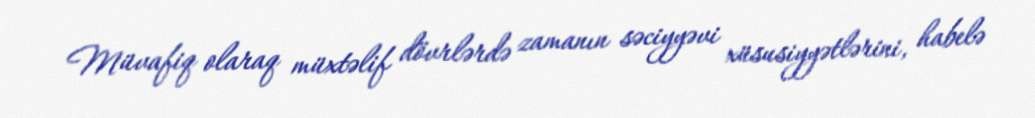
Müvafiq olaraq müxtəlif dövrlərdə zamanın səciyyəvi xüsusiyyətlərini, habelə